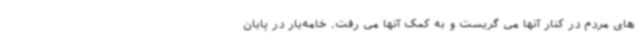
های مردم در کنار آنها می گریست و به کمک آنها می رفت. خامه‌یار در پایان